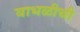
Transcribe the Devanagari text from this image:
बाभळीची